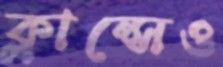
ক্লান্সেও